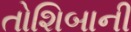
તોશિબાની